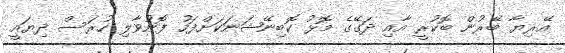
އޭރިޔާ ބޭރުން ބޮކުރީ އާއި ދަގޭގެ މޮޅު ކޮބިނޭޝަނަކަށްފަހު ފޮނުވާލި ހުރަސް ދިޔައީ